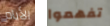
الأيام تفهموا